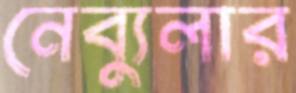
নেব্যুলার